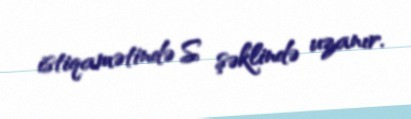
istiqamətində S şəklində uzanır.